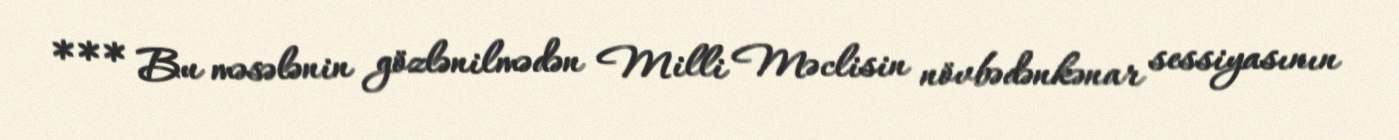
*** Bu məsələnin gözlənilmədən Milli Məclisin növbədənkənar sessiyasının